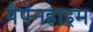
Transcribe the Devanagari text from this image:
पैपेनहाइम